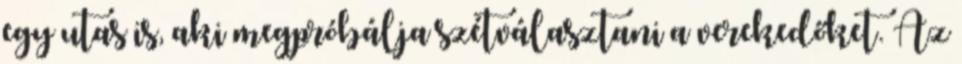
egy utas is, aki megpróbálja szétválasztani a verekedőket. Az